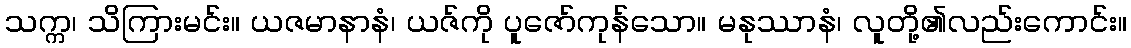
သက္က၊ သိကြားမင်း။ ယဇမာနာနံ၊ ယဇ်ကို ပူဇော်ကုန်သော။ မနုဿာနံ၊ လူတို့၏လည်းကောင်း။